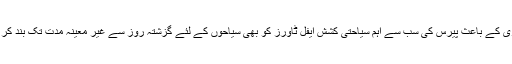
شدید برفباری کے باعث پیرس کی سب سے اہم سیاحتی کشش ایفل ٹاورز کو بھی سیاحوں کے لئے گزشتہ روز سے غیر معینہ مدت تک بند کر دیا گیا ہے۔